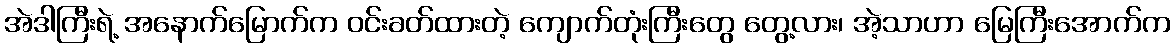
အဲဒါကြီးရဲ့ အနောက်မြောက်က ဝင်းခတ်ထားတဲ့ ကျောက်တုံးကြီးတွေ တွေ့လား၊ အဲ့သာဟာ မြေကြီးအောက်က